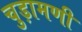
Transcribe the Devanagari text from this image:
चुड़ामणी